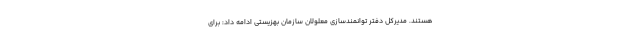
هستند. مدیرکل دفتر توانمندسازی معلولان سازمان بهزیستی ادامه داد: برای